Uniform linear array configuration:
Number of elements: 64
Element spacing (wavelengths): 0.75
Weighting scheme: hann
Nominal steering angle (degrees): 0
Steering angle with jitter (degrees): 1.47
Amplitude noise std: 0.05
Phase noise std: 0.05

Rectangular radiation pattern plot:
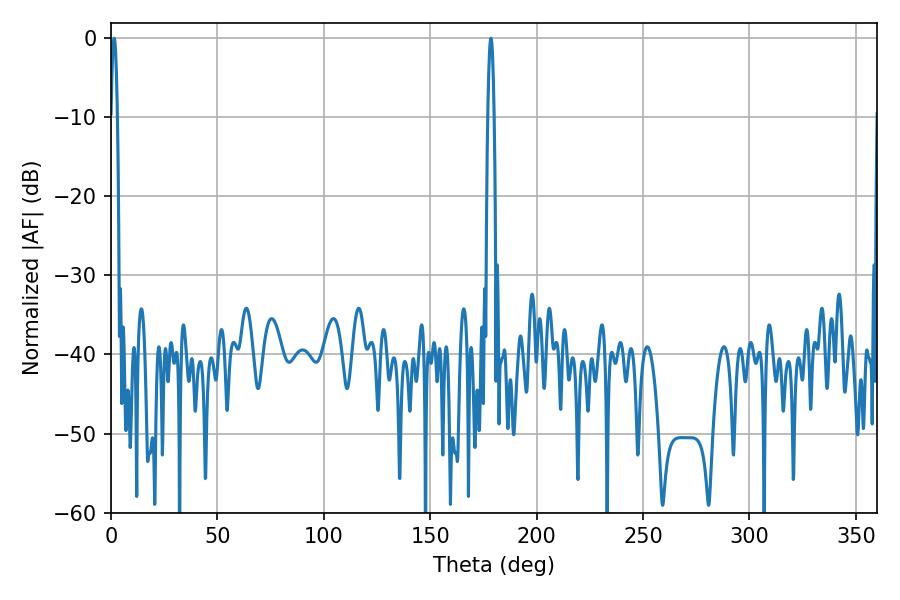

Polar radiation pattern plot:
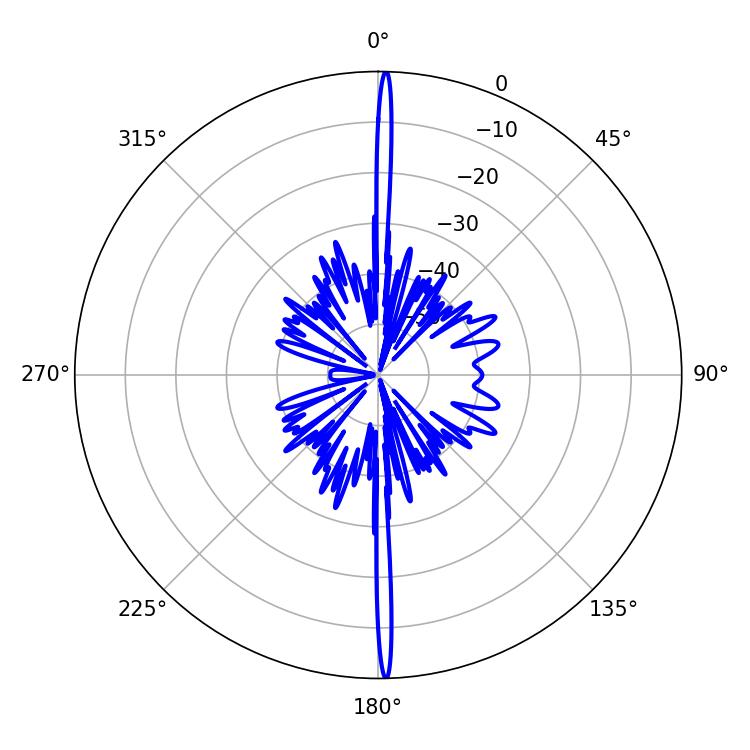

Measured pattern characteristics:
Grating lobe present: TRUE
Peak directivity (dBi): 30.61
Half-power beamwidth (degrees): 1.62
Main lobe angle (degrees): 1.44